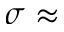
\sigma \approx